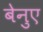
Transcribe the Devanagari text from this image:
बेनुए